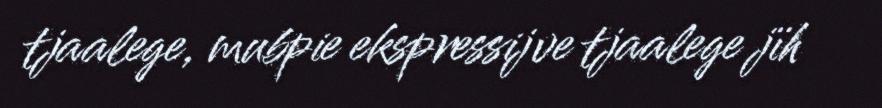
tjaalege, mubpie ekspressijve tjaalege jïh